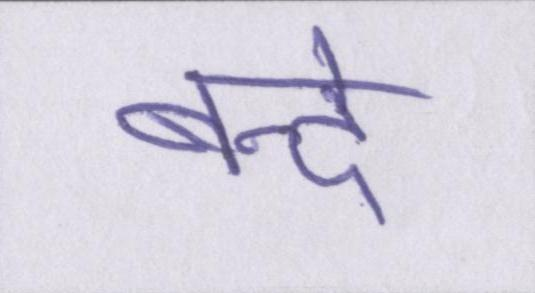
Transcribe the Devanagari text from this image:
बन्दे